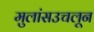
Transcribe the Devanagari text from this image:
मुलांसउचलून